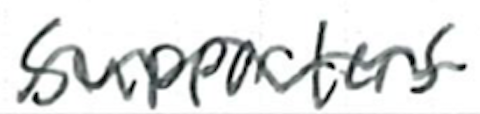
Text: supporters
Cross-out: mix
Writing tool: ballpoint